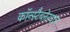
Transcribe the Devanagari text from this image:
कॉन्स्टैब्लेरवाच